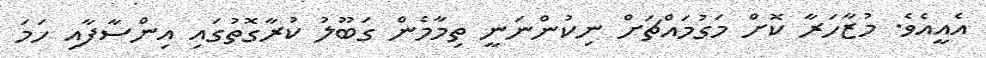
އެއީއެވެ. މުޒާހަރާ ކޮށް މަގުމައްޗަށް ނިކުންނަނީ ތިމާމެން ގަބޫލު ކުރާގޮތުގައި އިންސާފާއި ހަމަ